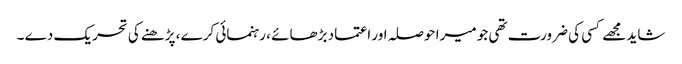
شاید مجھے کسی کی ضرورت تھی جو میرا حوصلہ اور اعتماد بڑھائے ، رہنمائی کرے ، پڑھنے کی تحریک دے ۔